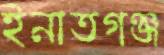
ইনাতগঞ্জ